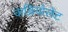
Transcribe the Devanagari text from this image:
कब्रियोलेट